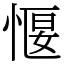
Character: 愝